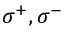
{ \boldsymbol { \sigma } } ^ { + } , { \boldsymbol { \sigma } } ^ { - }